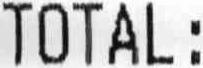
TOTAL :